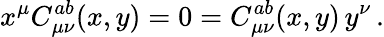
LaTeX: x^{\mu}C_{\mu\nu}^{ab}(x,y)=0=C_{\mu\nu}^{ab}(x,y)\, y^{\nu}\, .